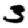
Digit: 3